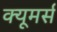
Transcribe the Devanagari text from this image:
क्यूमर्स